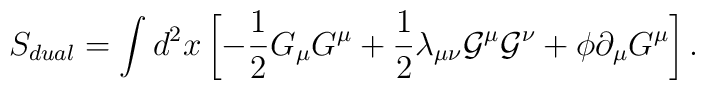
S_{dual}=\int d^{2}x\left[-{\frac 1 2}G_{\mu}G^{\mu}+{\frac 1 2}{\lambda}_{{\mu}{\nu}}{\cal G}^{\mu}{\cal G}^{\nu}+{\phi}{\partial}_{\mu}G^{\mu}\right].